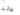
دلتا